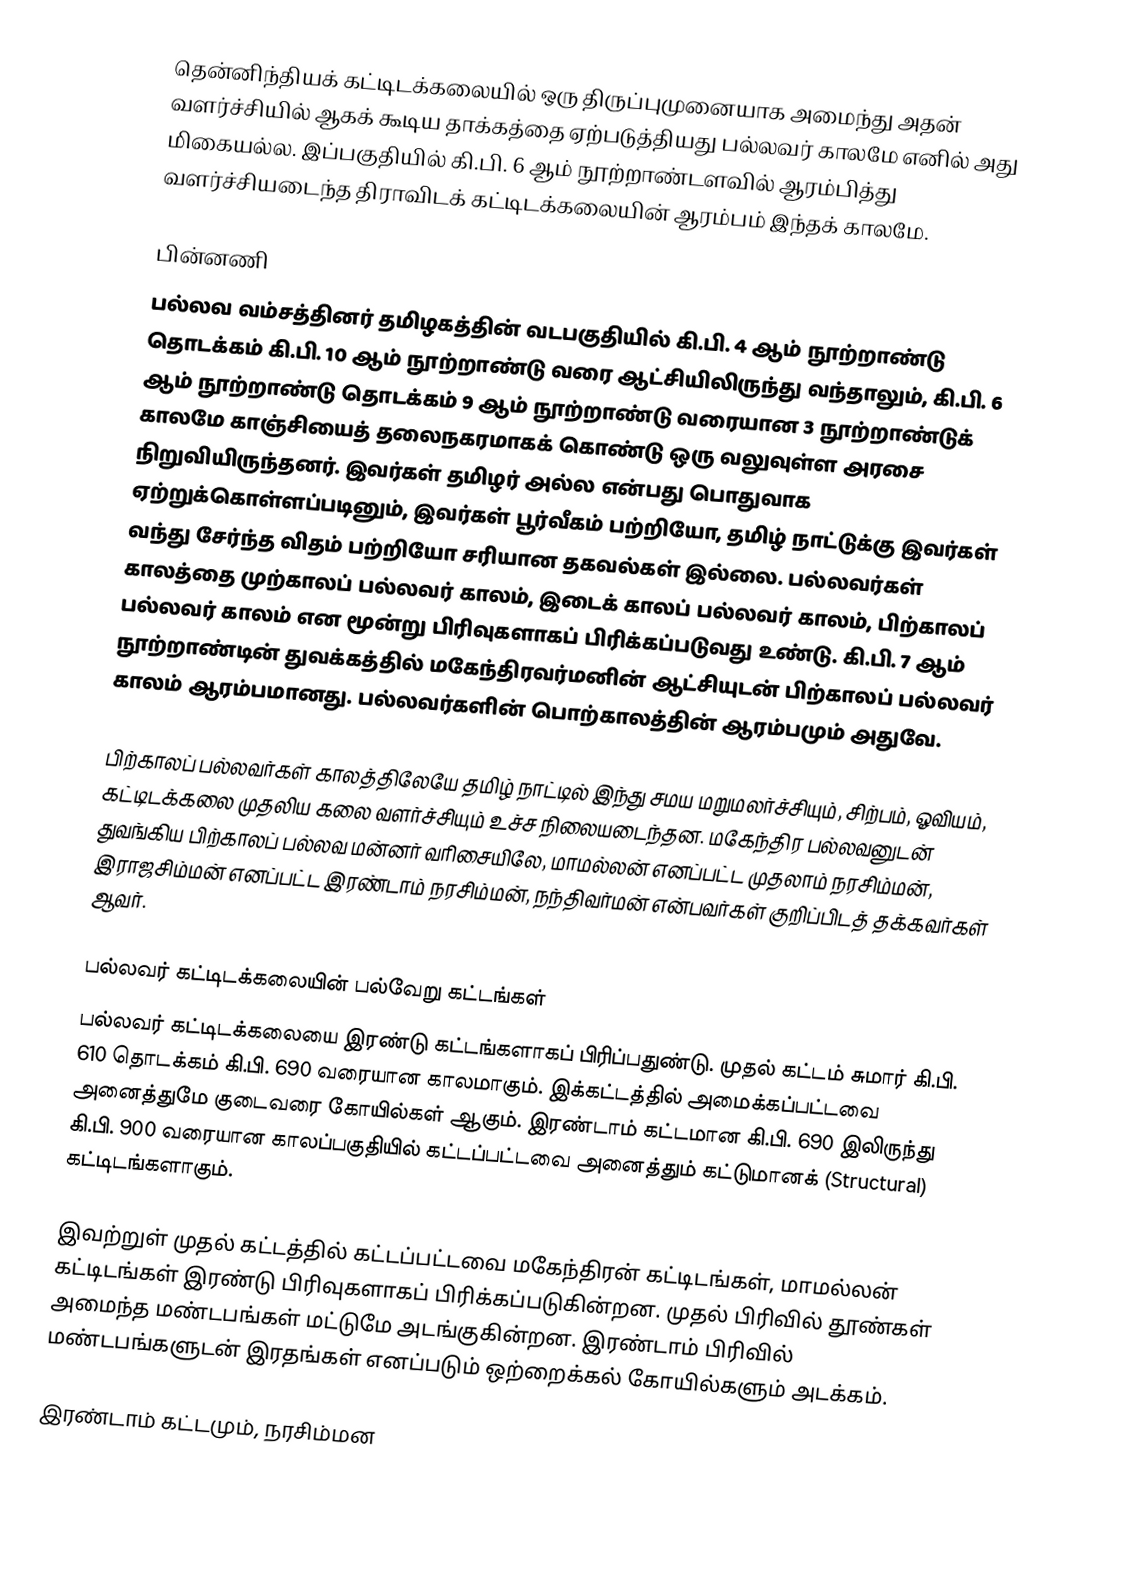
தென்னிந்தியக் கட்டிடக்கலையில் ஒரு திருப்புமுனையாக அமைந்து அதன் வளர்ச்சியில் ஆகக் கூடிய தாக்கத்தை ஏற்படுத்தியது பல்லவர் காலமே எனில் அது மிகையல்ல. இப்பகுதியில் கி.பி. 6 ஆம் நூற்றாண்டளவில் ஆரம்பித்து வளர்ச்சியடைந்த திராவிடக் கட்டிடக்கலையின் ஆரம்பம் இந்தக் காலமே.

பின்னணி
பல்லவ வம்சத்தினர் தமிழகத்தின் வடபகுதியில் கி.பி. 4 ஆம் நூற்றாண்டு தொடக்கம் கி.பி. 10 ஆம் நூற்றாண்டு வரை ஆட்சியிலிருந்து வந்தாலும், கி.பி. 6 ஆம் நூற்றாண்டு தொடக்கம் 9 ஆம் நூற்றாண்டு வரையான 3 நூற்றாண்டுக் காலமே காஞ்சியைத் தலைநகரமாகக் கொண்டு ஒரு வலுவுள்ள அரசை நிறுவியிருந்தனர். இவர்கள் தமிழர் அல்ல என்பது பொதுவாக ஏற்றுக்கொள்ளப்படினும், இவர்கள் பூர்வீகம் பற்றியோ, தமிழ் நாட்டுக்கு இவர்கள் வந்து சேர்ந்த விதம் பற்றியோ சரியான தகவல்கள் இல்லை. பல்லவர்கள் காலத்தை முற்காலப் பல்லவர் காலம், இடைக் காலப் பல்லவர் காலம், பிற்காலப் பல்லவர் காலம் என மூன்று பிரிவுகளாகப் பிரிக்கப்படுவது உண்டு. கி.பி. 7 ஆம் நூற்றாண்டின் துவக்கத்தில் மகேந்திரவர்மனின் ஆட்சியுடன் பிற்காலப் பல்லவர் காலம் ஆரம்பமானது. பல்லவர்களின் பொற்காலத்தின் ஆரம்பமும் அதுவே.

பிற்காலப் பல்லவர்கள் காலத்திலேயே தமிழ் நாட்டில் இந்து சமய மறுமலர்ச்சியும், சிற்பம், ஓவியம், கட்டிடக்கலை முதலிய கலை வளர்ச்சியும் உச்ச நிலையடைந்தன. மகேந்திர பல்லவனுடன் துவங்கிய பிற்காலப் பல்லவ மன்னர் வரிசையிலே, மாமல்லன் எனப்பட்ட முதலாம் நரசிம்மன், இராஜசிம்மன் எனப்பட்ட இரண்டாம் நரசிம்மன், நந்திவர்மன் என்பவர்கள் குறிப்பிடத் தக்கவர்கள் ஆவர்.

பல்லவர் கட்டிடக்கலையின் பல்வேறு கட்டங்கள்
பல்லவர் கட்டிடக்கலையை இரண்டு கட்டங்களாகப் பிரிப்பதுண்டு. முதல் கட்டம் சுமார் கி.பி. 610 தொடக்கம் கி.பி. 690 வரையான காலமாகும். இக்கட்டத்தில் அமைக்கப்பட்டவை அனைத்துமே குடைவரை கோயில்கள் ஆகும். இரண்டாம் கட்டமான கி.பி. 690 இலிருந்து கி.பி. 900 வரையான காலப்பகுதியில் கட்டப்பட்டவை அனைத்தும் கட்டுமானக் (Structural) கட்டிடங்களாகும்.

இவற்றுள் முதல் கட்டத்தில் கட்டப்பட்டவை மகேந்திரன் கட்டிடங்கள், மாமல்லன் கட்டிடங்கள் இரண்டு பிரிவுகளாகப் பிரிக்கப்படுகின்றன. முதல் பிரிவில் தூண்கள் அமைந்த மண்டபங்கள் மட்டுமே அடங்குகின்றன. இரண்டாம் பிரிவில் மண்டபங்களுடன் இரதங்கள் எனப்படும் ஒற்றைக்கல் கோயில்களும் அடக்கம்.

இரண்டாம் கட்டமும், நரசிம்மன